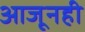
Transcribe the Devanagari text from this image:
आजूनही